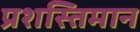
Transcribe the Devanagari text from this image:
प्रशस्तिमान